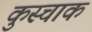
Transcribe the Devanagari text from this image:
कुस्चाक